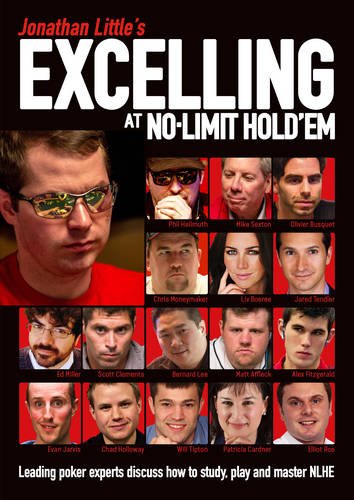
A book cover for Jonathan Little's Excelling at No-Limit Hold'em: Leading poker experts discuss how to study, play and master NLHE; Jonathan Little; Humor & Entertainment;